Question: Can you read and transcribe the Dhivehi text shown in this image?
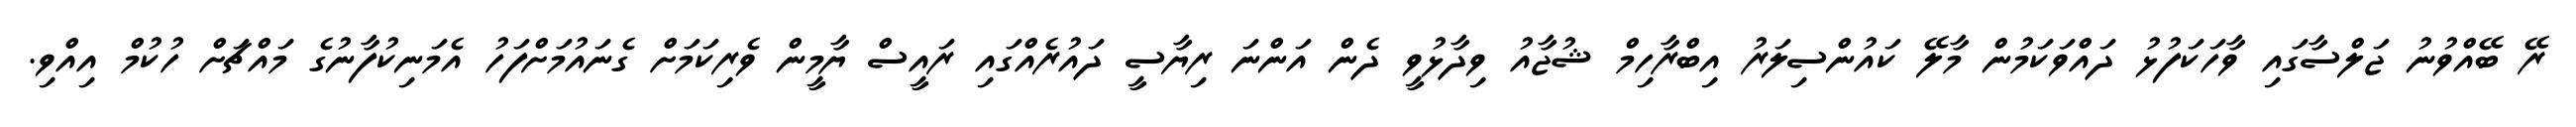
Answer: ރޭ ބޭއްވުނު ޖަލްސާގައި ވާހަކަފުޅު ދައްވަކަމުން މާލޭ ކައުންސިލަރު އިބްރާހިމް ޝުޖާއު ވިދާޅުވީ ދެން އަންނަ ރިޔާސީ ދައުރެއްގައި ރައީސް ޔާމީން ވެރިކަމަށް ގެނައުމަށްފަހު އެމަނިކުފާނުގެ މައްޗަށް ހުކުމް އިއްވި.